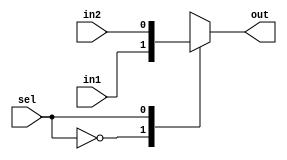
module mux(
	in1, in2, sel, out
);
input in1, in2, sel;
output reg out;

always @(in1, in2, sel) begin
	case(sel)
		1'b0: out = in1;
		1'b1: out = in2;
	endcase
end

endmodule
module csa(
	A, B, Cin, S, V
);

input [3:0] A;
input [3:0] B;
input Cin;
output wire [3:0] S;
output wire V;

wire c1, c2, c3, c4, c5, c6;
wire s1, s2, s3, s4;
wire mo1, mo2;

full_adder f1(A[0], B[0], Cin, S[0], c1);
full_adder f2(A[1], B[1], c1, S[1], c2);

full_adder f3(A[2], B[2], 0, s1, c3);
full_adder f4(A[3], B[3], c3, s2, c4);

full_adder f5(A[2], B[2], 1, s3, c5);
full_adder f6(A[3], B[3], c5, s4, c6);

mux m1(c3, c5, c2, mo1);
mux m2(s1, s3, c2, S[2]);
mux m3(s2, s4, c2, S[3]);
mux m4(c4, c6, c2, mo2);

assign V = mo1^mo2;

endmodule